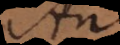
An